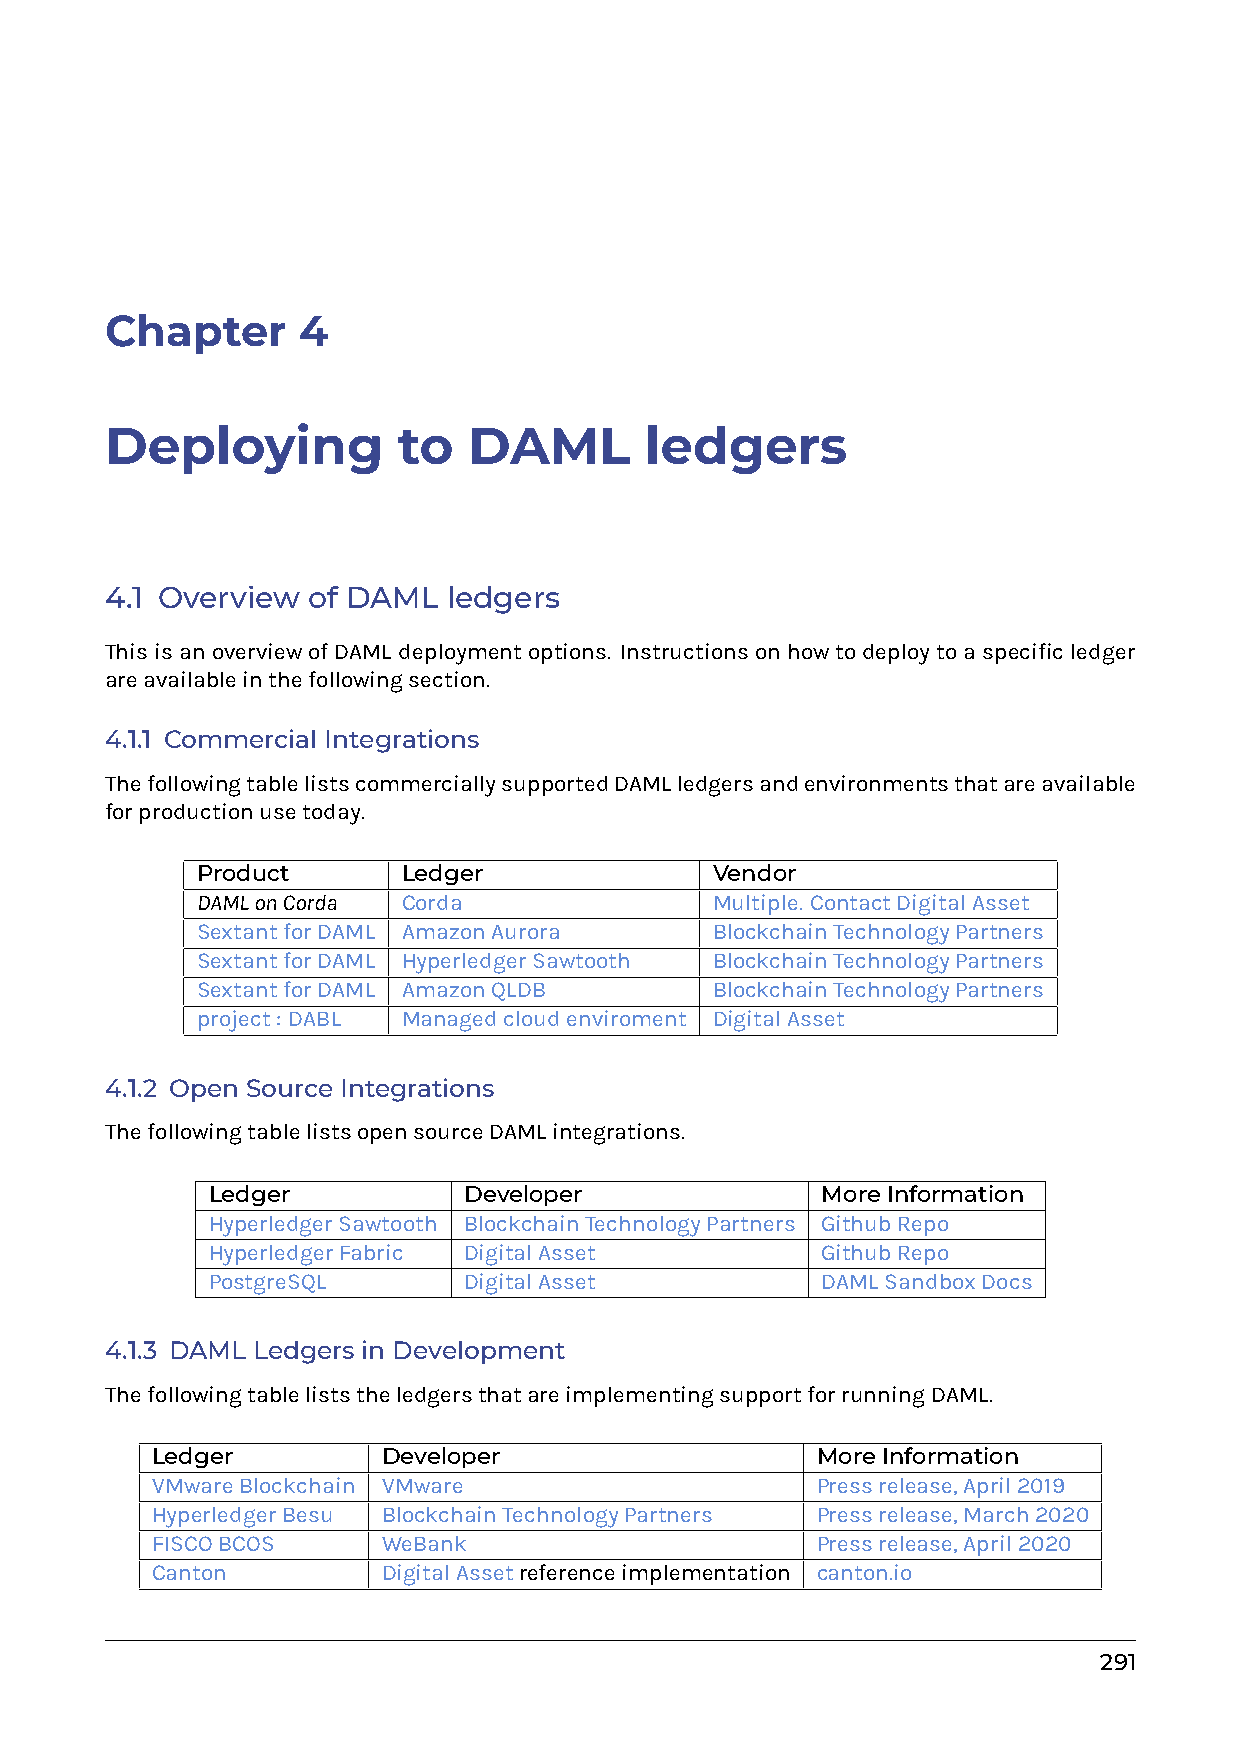
Chapter      4
 Deploying          to   DAML        ledgers
 4.1 Overview of DAML   ledgers
 ThisisanoverviewofDAMLdeploymentoptions. Instructionsonhowtodeploytoaspecificledger
 areavailableinthefollowingsection.
 4.1.1 Commercial Integrations
 ThefollowingtablelistscommerciallysupportedDAMLledgersandenvironmentsthatareavailable
 forproductionusetoday.
 Product       Ledger              Vendor
 DAMLonCorda   Corda               Multiple. ContactDigitalAsset
 SextantforDAML AmazonAurora       BlockchainTechnologyPartners
 SextantforDAML HyperledgerSawtooth BlockchainTechnologyPartners
 SextantforDAML AmazonQLDB         BlockchainTechnologyPartners
 project: DABL Managedcloudenviroment DigitalAsset
 4.1.2 Open Source Integrations
 ThefollowingtablelistsopensourceDAMLintegrations.
 Ledger           Developer              MoreInformation
 HyperledgerSawtooth BlockchainTechnologyPartners GithubRepo
 HyperledgerFabric DigitalAsset          GithubRepo
 PostgreSQL       DigitalAsset           DAMLSandboxDocs
 4.1.3 DAML Ledgers in Development
 ThefollowingtableliststheledgersthatareimplementingsupportforrunningDAML.
 Ledger         Developer                    MoreInformation
 VMwareBlockchain VMware                     Pressrelease,April2019
 HyperledgerBesu BlockchainTechnologyPartners Pressrelease,March2020
 FISCOBCOS      WeBank                       Pressrelease,April2020
 Canton         DigitalAssetreferenceimplementation canton.io
 291